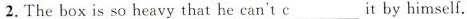
2. The box is so heavy that he can't c___ it by himself.